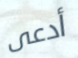
أدعى